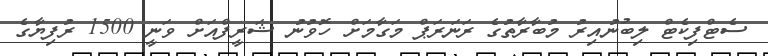
ސެޓްފިކެޓް ލިބުނުއިރު މުބާރާތުގެ ރަނަރަޕް މަގާމަށް ހޮވުނު ޝަރީފްއަށް ވަނީ 1500 ރުފިޔާގެ